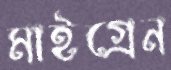
মাইগ্রেন